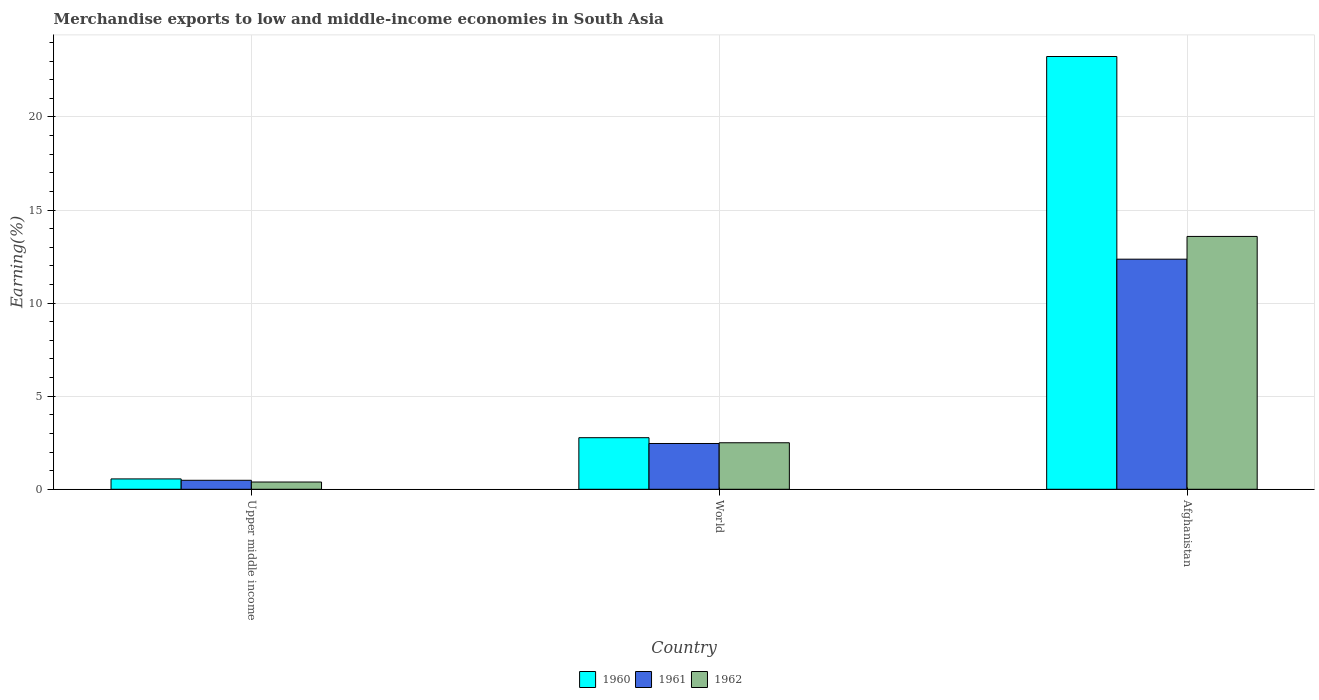
| Country | 1960 | 1961 | 1962 |
 | --- | --- | --- | --- |
 | Upper middle income | 0.556 | 0.483 | 0.389 |
 | World | 2.77 | 2.46 | 2.5 |
 | Afghanistan | 23.2 | 12.4 | 13.6 |